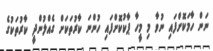
ނަން ހާމަކޮށްފައި ނުވާ މި މީހާ ޕާކުކޮށްފައި ހުންނަ ކާރުތަކަށް ގެއްލުންދީ ކާރުތަކުގެ